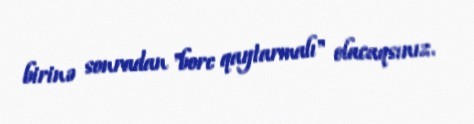
birinə sonradan "borc qaytarmalı" olacaqsınız.